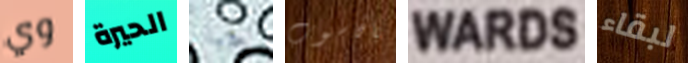
وي الحيرة جبانا بالحاسوب WARDS لبقاء